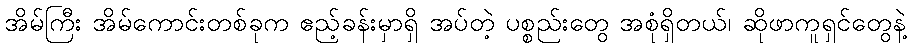
အိမ်ကြီး အိမ်ကောင်းတစ်ခုက ဧည့်ခန်းမှာရှိ အပ်တဲ့ ပစ္စည်းတွေ အစုံရှိတယ်၊ ဆိုဖာကူရှင်တွေနဲ့